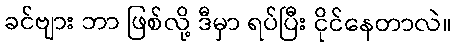
ခင်ဗျား ဘာ ဖြစ်လို့ ဒီမှာ ရပ်ပြီး ငိုင်နေတာလဲ။